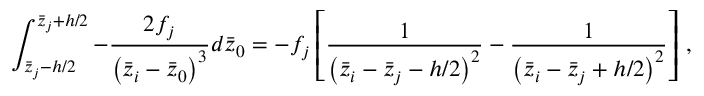
\int _ { \bar { z } _ { j } - h / 2 } ^ { \bar { z } _ { j } + h / 2 } - \frac { 2 f _ { j } } { \left( \bar { z } _ { i } - \bar { z } _ { 0 } \right) ^ { 3 } } d \bar { z } _ { 0 } = - f _ { j } \left[ \frac { 1 } { \left( \bar { z } _ { i } - \bar { z } _ { j } - h / 2 \right) ^ { 2 } } - \frac { 1 } { \left( \bar { z } _ { i } - \bar { z } _ { j } + h / 2 \right) ^ { 2 } } \right] \, ,